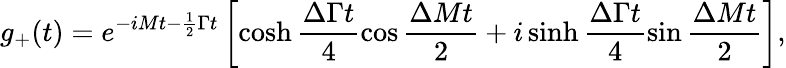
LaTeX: g_{+}(t)=e^{-iMt-\frac{1}{2}\Gamma t}\left[\cosh\frac{\Delta\Gamma t}{4}\cos\frac{\Delta Mt}{2}+i\sinh\frac{\Delta\Gamma t}{4}\sin\frac{\Delta Mt}{2}\right],